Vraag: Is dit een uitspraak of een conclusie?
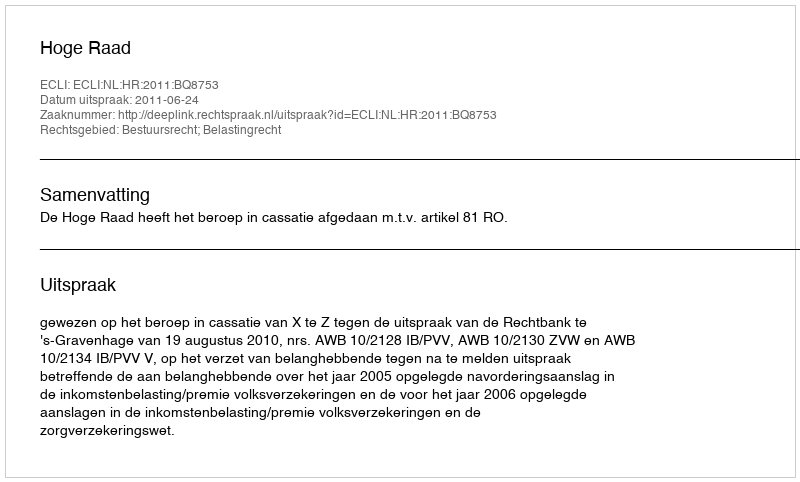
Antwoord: Uitspraak